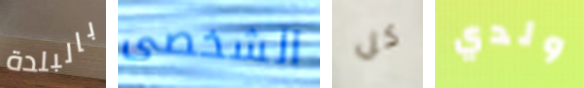
بالبلدة الشخصى كل ولدي